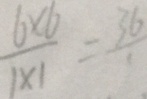
\frac { 6 \times 6 } { 1 \times 1 } = \frac { 3 6 } { 1 }